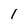
Character: 1